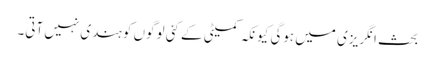
بحث انگریزی میں ہوگی کیونکہ کمیٹی کے کئی لوگوں کو ہندی نہیں آتی۔